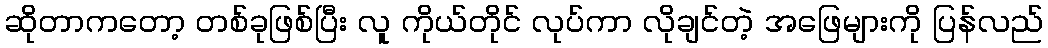
ဆိုတာကတော့ တစ်ခုဖြစ်ပြီး လူ ကိုယ်တိုင် လုပ်ကာ လိုချင်တဲ့ အဖြေများကို ပြန်လည်